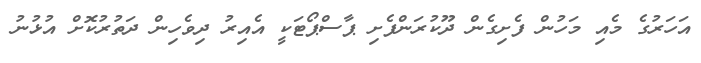
އަހަރުގެ މެއި މަހުން ފެށިގެން ދޫކުރަންފެށި ޕާސްޕޯޓަކީ އެއިރު ދިވެހިން ދަތުރުކޮށް އުޅުނު